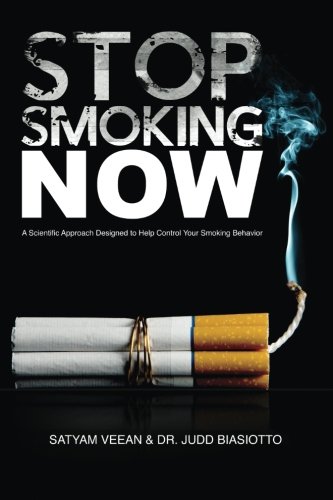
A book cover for Stop Smoking... Now!; Satyam Veean; Health, Fitness & Dieting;